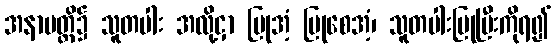
အနာပတ္တိ၌ သူတပါး အလို့ငှာ ပြုအံ့ ပြုစေအံ့၊ သူတပါးပြုပြီးကိုရ၍